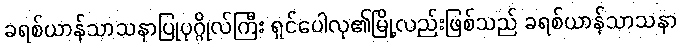
ခရစ်ယာန်သာသနာပြုပုဂ္ဂိုလ်ကြီး ရှင်ပေါလု၏မြို့လည်းဖြစ်သည် ခရစ်ယာန်သာသနာ